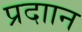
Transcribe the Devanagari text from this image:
प्रदाान